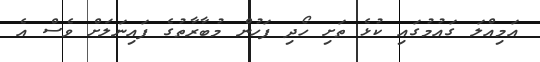
އަމިއްލަ ގައުމުގައި ކުޅެ ތަށި ހޯދި ފަހުން މުބާރާތުގެ ފައިނަލަށް ވެސް އެ